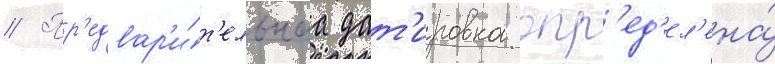
// Пр'едвар'и́т'ельнаа дат'ировка опр'ед'ел'ена́